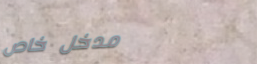
مدخل خاص